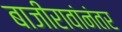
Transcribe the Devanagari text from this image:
बाजीरावांनंतर